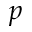
p